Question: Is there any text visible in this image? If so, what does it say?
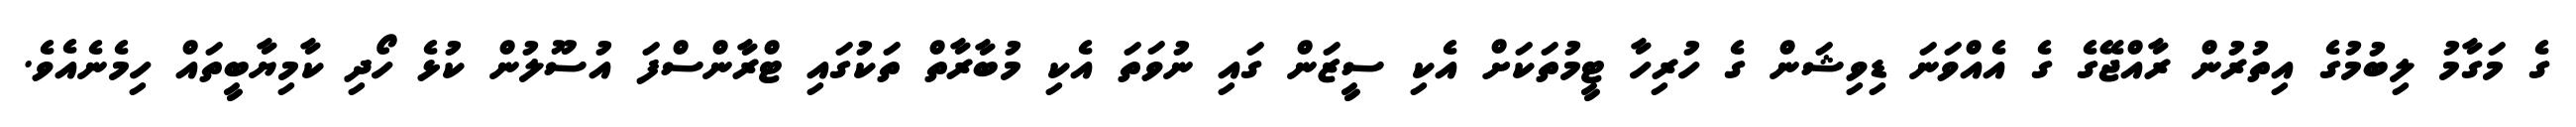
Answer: ގެ މަގާމު ލިބުމުގެ އިތުރުން ރާއްޖޭގެ ގެ އެއްވަނަ ޑިވިޝަން ގެ ހުރިހާ ޓީމުތަކަށް އެކި ސީޒަން ގައި ނުވަތަ އެކި މުބާރާތް ތަކުގައި ޓްރާންސްފަ އުސޫލުން ކުޅެ ހޯދި ކާމިޔާބީތައް ހިމެނެއެވެ.